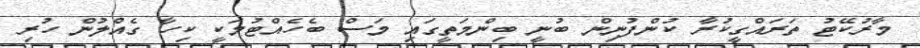
މާރުކޭޓު ތަރައްގީކުރާ ކުންފުނިން ބުނީ ބިންމަތީގައި މަސް ބެހެއްޓުމަކީ ކިހާ ގެއްލުން ހުރި